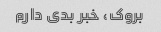
بروک، خبر بدی دارم